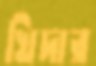
খিদার